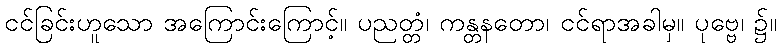
ငင်ခြင်းဟူသော အကြောင်းကြောင့်။ ပညတ္တံ၊ ကန္တနတော၊ ငင်ရာအခါမှ။ ပုဗ္ဗေ၊ ၌။